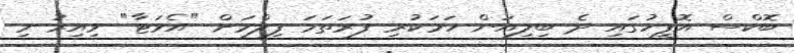
ބޮކްސް އޮފީހުގައި ދެ ބިލިއަން ހަމަކުރި ފުރަތަމަ ފިލްމަށް "އެވަޓާ" ވިއިރު މި